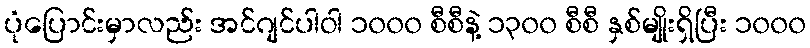
ပုံပြောင်းမှာလည်း အင်ဂျင်ပါဝါ ၁၀၀၀ စီစီနဲ့ ၁၃၀၀ စီစီ နှစ်မျိုးရှိပြီး ၁၀၀၀